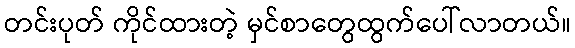
တင်းပုတ် ကိုင်ထားတဲ့ မှင်စာတွေထွက်ပေါ်လာတယ်။